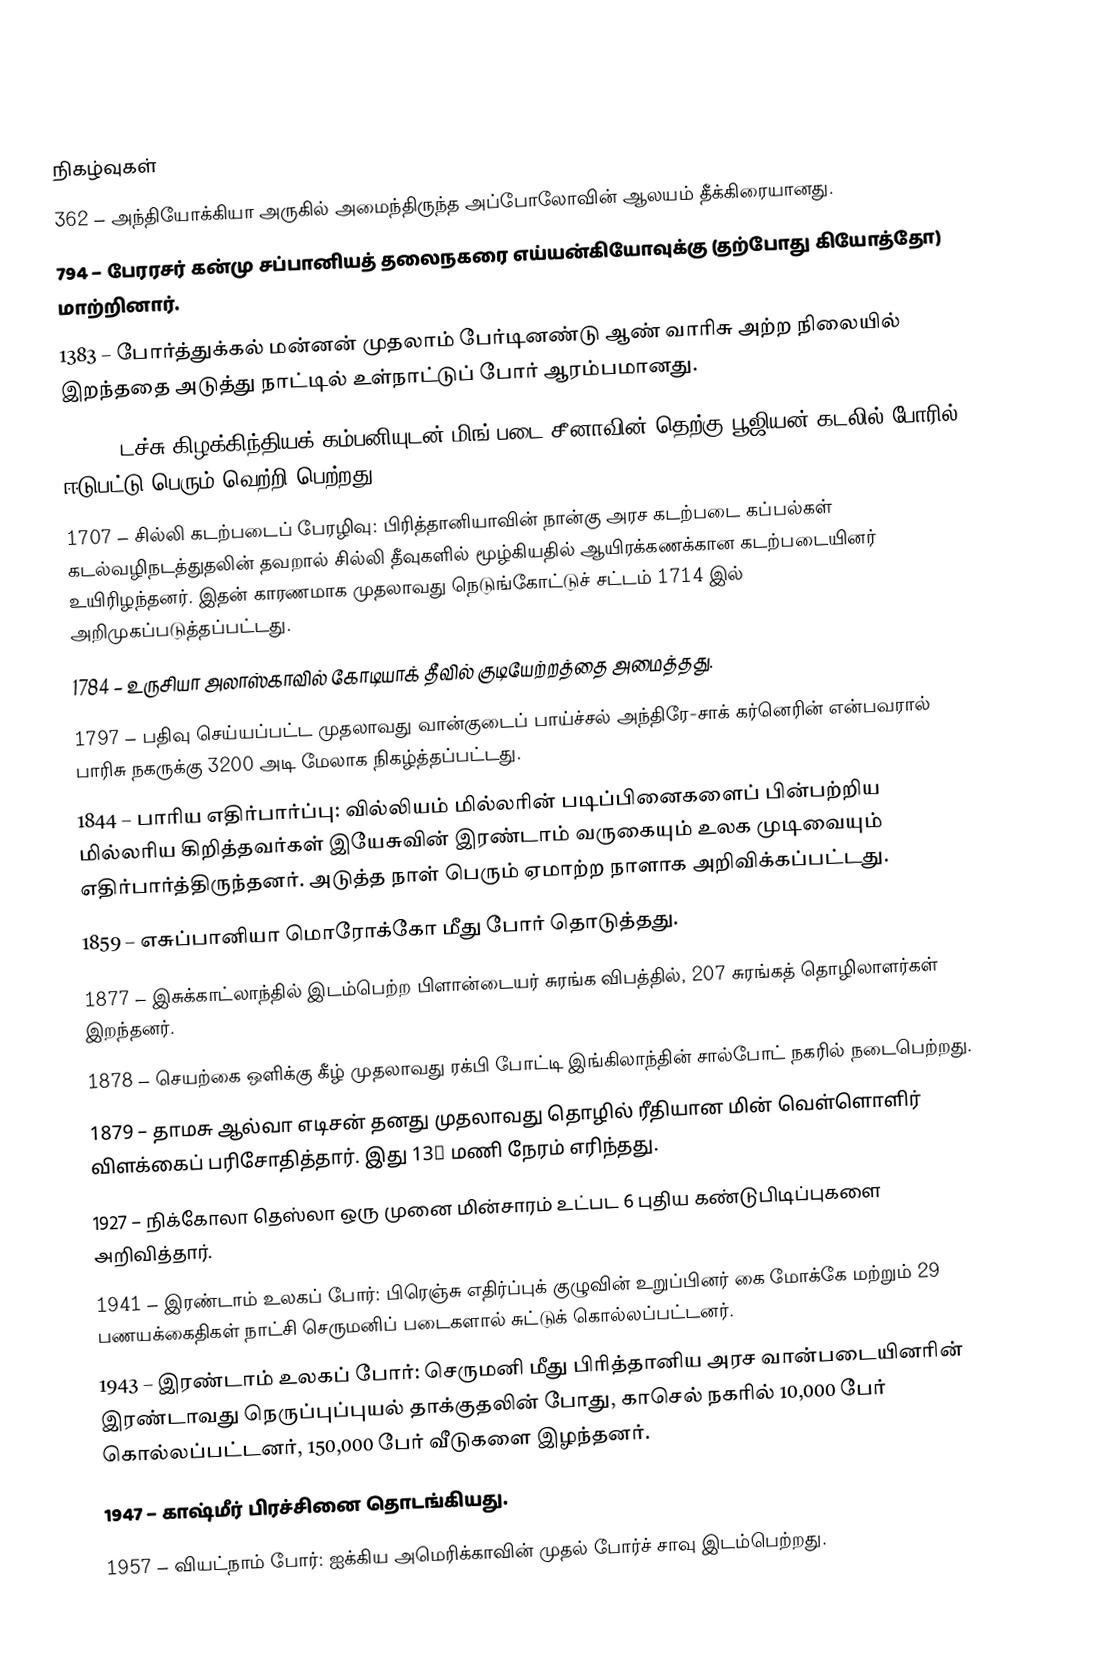

நிகழ்வுகள்
 362 – அந்தியோக்கியா அருகில் அமைந்திருந்த அப்போலோவின் ஆலயம் தீக்கிரையானது.
 794 – பேரரசர் கன்மு சப்பானியத் தலைநகரை எய்யன்கியோவுக்கு (தற்போது கியோத்தோ) மாற்றினார்.
1383 – போர்த்துக்கல் மன்னன் முதலாம் பேர்டினண்டு ஆண் வாரிசு அற்ற நிலையில் இறந்ததை அடுத்து நாட்டில் உள்நாட்டுப் போர் ஆரம்பமானது.
1633 – டச்சு கிழக்கிந்தியக் கம்பனியுடன் மிங் படை சீனாவின் தெற்கு பூஜியன் கடலில் போரில் ஈடுபட்டு பெரும் வெற்றி பெற்றது.
1707 – சில்லி கடற்படைப் பேரழிவு: பிரித்தானியாவின் நான்கு அரச கடற்படை கப்பல்கள் கடல்வழிநடத்துதலின் தவறால் சில்லி தீவுகளில் மூழ்கியதில் ஆயிரக்கணக்கான கடற்படையினர் உயிரிழந்தனர். இதன் காரணமாக முதலாவது நெடுங்கோட்டுச் சட்டம் 1714 இல் அறிமுகப்படுத்தப்பட்டது.
1784 – உருசியா அலாஸ்காவில் கோடியாக் தீவில் குடியேற்றத்தை அமைத்தது.
1797 – பதிவு செய்யப்பட்ட முதலாவது வான்குடைப் பாய்ச்சல் அந்திரே-சாக் கர்னெரின் என்பவரால் பாரிசு நகருக்கு 3200 அடி மேலாக நிகழ்த்தப்பட்டது.
1844 – பாரிய எதிர்பார்ப்பு: வில்லியம் மில்லரின் படிப்பினைகளைப் பின்பற்றிய மில்லரிய கிறித்தவர்கள் இயேசுவின் இரண்டாம் வருகையும் உலக முடிவையும் எதிர்பார்த்திருந்தனர். அடுத்த நாள் பெரும் ஏமாற்ற நாளாக அறிவிக்கப்பட்டது.
1859 – எசுப்பானியா மொரோக்கோ மீது போர் தொடுத்தது.
1877 – இசுக்காட்லாந்தில் இடம்பெற்ற பிளான்டையர் சுரங்க விபத்தில், 207 சுரங்கத் தொழிலாளர்கள் இறந்தனர்.
1878 – செயற்கை ஒளிக்கு கீழ் முதலாவது ரக்பி போட்டி இங்கிலாந்தின் சால்போட் நகரில் நடைபெற்றது.
1879 – தாமசு ஆல்வா எடிசன் தனது முதலாவது தொழில் ரீதியான மின் வெள்ளொளிர் விளக்கைப் பரிசோதித்தார். இது 13½ மணி நேரம் எரிந்தது.
1927 – நிக்கோலா தெஸ்லா ஒரு முனை மின்சாரம் உட்பட 6 புதிய கண்டுபிடிப்புகளை அறிவித்தார்.
1941 – இரண்டாம் உலகப் போர்: பிரெஞ்சு எதிர்ப்புக் குழுவின் உறுப்பினர் கை மோக்கே மற்றும் 29 பணயக்கைதிகள் நாட்சி செருமனிப் படைகளால் சுட்டுக் கொல்லப்பட்டனர்.
1943 – இரண்டாம் உலகப் போர்: செருமனி மீது பிரித்தானிய அரச வான்படையினரின் இரண்டாவது நெருப்புப்புயல் தாக்குதலின் போது, காசெல் நகரில் 10,000 பேர் கொல்லப்பட்டனர், 150,000 பேர் வீடுகளை இழந்தனர்.
1947 – காஷ்மீர் பிரச்சினை தொடங்கியது.
1957 – வியட்நாம் போர்: ஐக்கிய அமெரிக்காவின் முதல் போர்ச் சாவு இடம்பெற்றது.